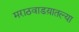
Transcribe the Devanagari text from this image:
मराठवाडय़ातल्या